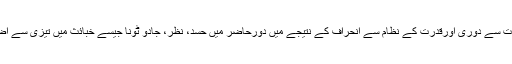
قرآنی تعلیمات سے دوری اورقدرت کے نظام سے انحراف کے نتیجے میں دورحاضر میں حسد، نظر، جادو ٹونا جیسے خبائث میں تیزی سے اضافہ ہوا ہے۔